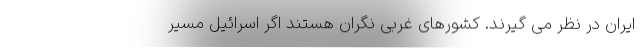
ایران در نظر می گیرند. کشورهای غربی نگران هستند اگر اسرائیل مسیر